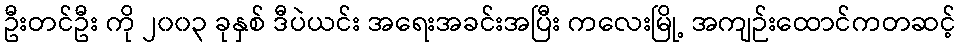
ဦးတင်ဦး ကို ၂၀၀၃ ခုနှစ် ဒီပဲယင်း အရေးအခင်းအပြီး ကလေးမြို့ အကျဉ်းထောင်ကတဆင့်